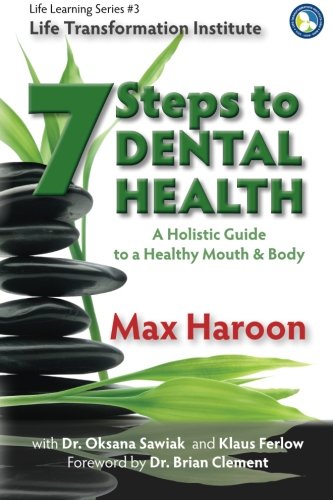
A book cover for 7 Steps to Dental Health: A Holistic Guide to a Healthy Mouth and Body (Life Learning Series) (Volume 3); Max Haroon; Medical Books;